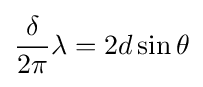
{\frac {\delta }{2\pi }}\lambda =2d\sin \theta \,\!